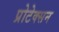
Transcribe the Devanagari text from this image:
प्रोटेक्सन